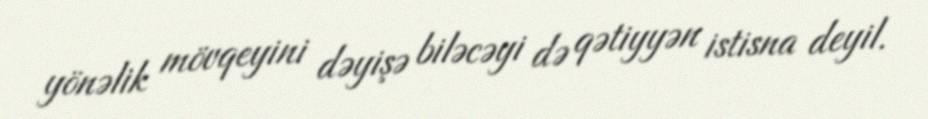
yönəlik mövqeyini dəyişə biləcəyi də qətiyyən istisna deyil.